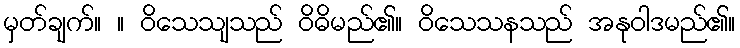
မှတ်ချက်။ ။ ဝိသေသျသည် ဝိဓိမည်၏။ ဝိသေသနသည် အနုဝါဒမည်၏။